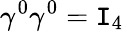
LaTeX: \gamma^{0}\gamma^{0}=\mathtt{I}_{4}